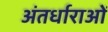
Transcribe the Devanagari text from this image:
अंतर्धाराओं